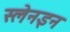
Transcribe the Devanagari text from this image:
स्लेनइन